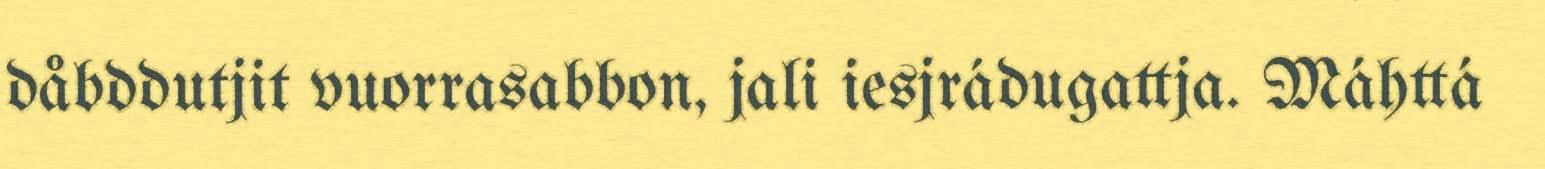
dåbddutjit vuorrasabbon, jali iesjrádugattja. Máhttá